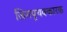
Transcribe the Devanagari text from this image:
जिगपृथक्कारक